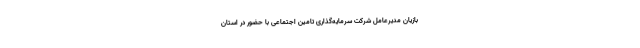
بازیان مدیرعامل شرکت سرمایه‌گذاری تامین اجتماعی با حضور در استان